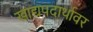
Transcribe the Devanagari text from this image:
खाद्यपदार्थावर